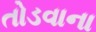
તોડવાના